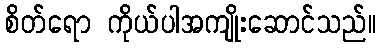
စိတ်ရော ကိုယ်ပါအကျိုးဆောင်သည်။